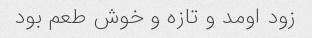
زود اومد و تازه و خوش طعم بود